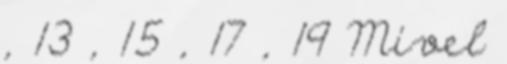
, 13 , 15 , 17 , 19 Mivel